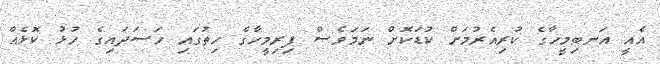
އެއީ އަނބިމީހާގެ ކުރިއެރުމަށް ކުޑަކޮށް ނަމަވެސް ފިރިމީހާގެ ހިތުގައި ހަސަދައިގެ ހުޅު ކޮޅެއް